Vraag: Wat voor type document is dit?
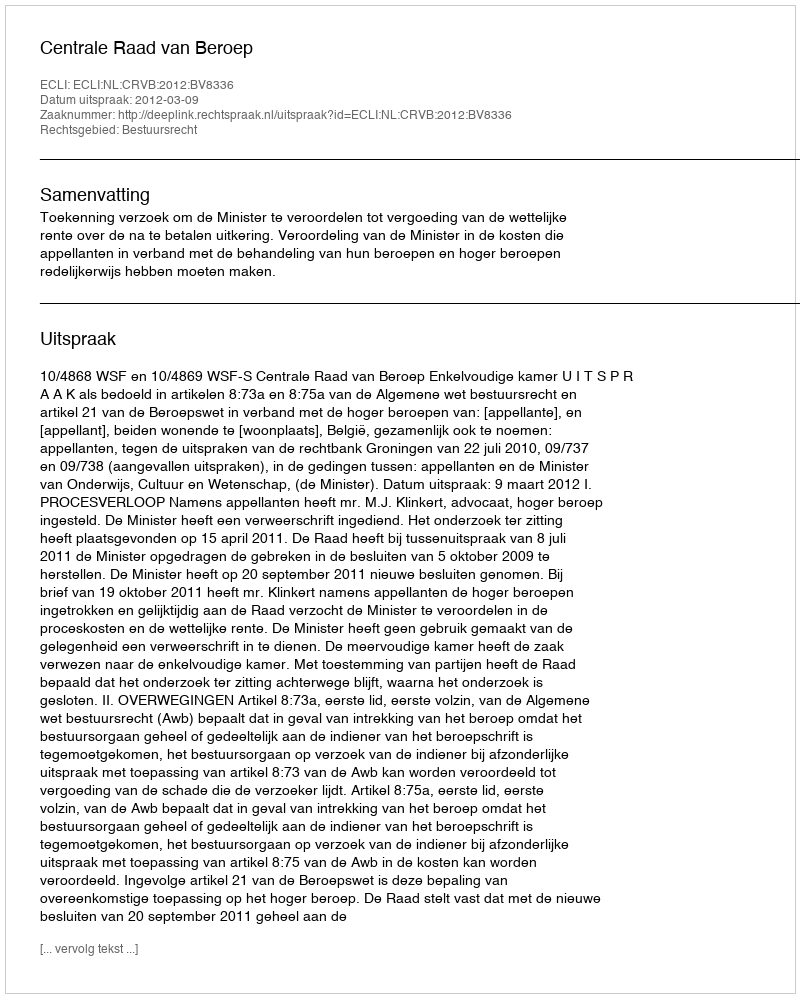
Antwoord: Uitspraak